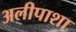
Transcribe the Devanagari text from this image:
अलीपाशा